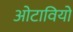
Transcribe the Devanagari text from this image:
ओटावियो